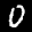
Label: 0